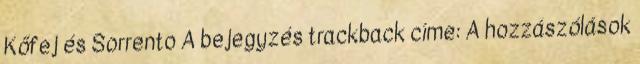
Kőfej és Sorrento A bejegyzés trackback címe: A hozzászólások